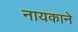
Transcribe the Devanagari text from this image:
नायकाने